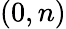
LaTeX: (0,n)